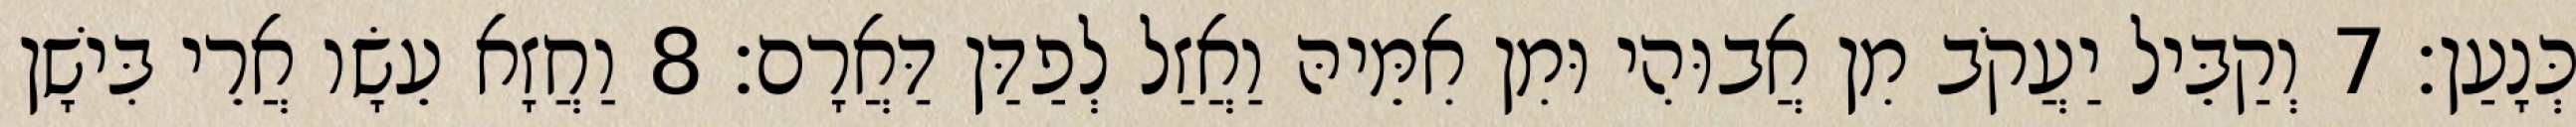
כְּנָעַן׃ 7 וְקַבֵּיל יַעֲקֹב מִן אֲבוּהִי וּמִן אִמֵּיהּ וַאֲזַל לְפַדַּן דַּאֲרָם׃ 8 וַחֲזָא עֵשָׂו אֲרֵי בִּישָׁן